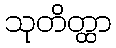
သုတိတ္ထာ